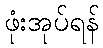
ဖုံးအုပ်ရန်